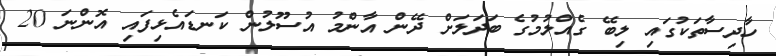
ހާދިސާތަކުގައި ލިބޭ ގެއްލުމުގެ ބަދަލަށް ދޭން އާންމު އުސޫލުން ކަނޑައެޅިފައި އޮންނަ 20